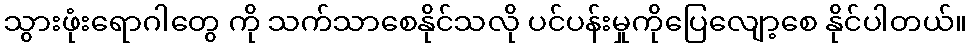
သွားဖုံးရောဂါတွေ ကို သက်သာစေနိုင်သလို ပင်ပန်းမှုကိုပြေလျော့စေ နိုင်ပါတယ်။